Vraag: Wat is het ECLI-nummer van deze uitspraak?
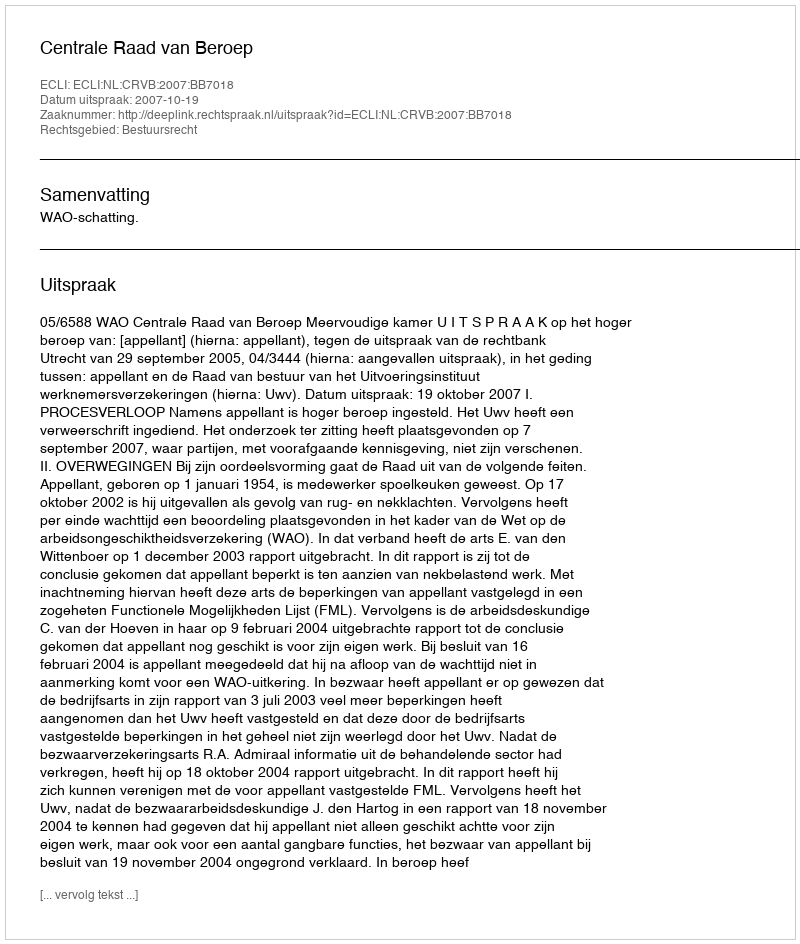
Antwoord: ECLI:NL:CRVB:2007:BB7018